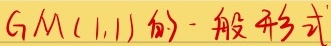
$GM(1,1)$的一般形式